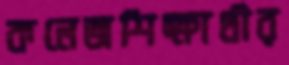
কলেজশিক্ষার্থীর